Annual report on the Civil Veterinary Department, Burma (including the Insein Veterinary School) - 1910-1922
Year: 1910
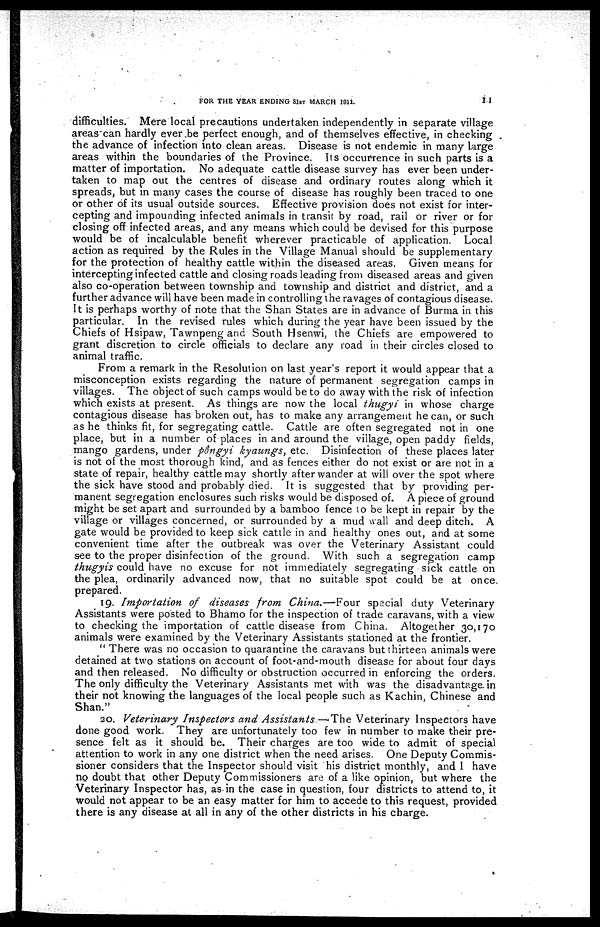
FOR THE YEAR ENDING 31ST MARCH 1911.
11
difficulties. Mere local precautions undertaken independently in separate village
areascan hardly ever.be perfect enough, and of themselves effective, in checking
the advance of infection into clean areas. Disease is not endemic in many large
areas within the boundaries of the Province. Its occurrence in such parts is a
matter of importation. No adequate cattle disease survey has ever been under-
taken to map out the centres of disease and ordinary routes along which it
spreads, but in many cases the course of disease has roughly been traced to one
or other of its usual outside sources. Effective provision does not exist for inter-
cepting and impounding infected animals in transit by road, rail or river or for
closing off infected areas, and any means which could be devised for this purpose
would be of incalculable benefit wherever practicable of application. Local
action as required by the Rules in the Village Manual should be supplementary
for the protection of healthy cattle within the diseased areas. Given means for
intercepting infected cattle and closing roads leading from diseased areas and given
also co-operation between township and township and district and district, and a
further advance will have been made in controlling the ravages of contagious disease.
It is perhaps worthy of note that the Shan States are in advance of Burma in this
particular. In the revised rules which during the year have been issued by the
Chiefs of Hsipaw, Tawnpeng and South Hsenwi, the Chiefs are empowered to
grant discretion to circle officials to declare any road in their circles closed to
animal traffic.
From a remark in the Resolution on last year's report it would appear that a
misconception exists regarding the nature of permanent segregation camps in
villages. The object of such camps would be to do away with the risk of infection
which exists at present. As things are now the local thugyi in whose charge
contagious disease has broken out, has to make any arrangement he can, or such
as he thinks fit, for segregating cattle. Cattle are often segregated not in one
place, but in a number of places in and around the village, open paddy fields,
mango gardens, under pôngyi kyaungs, etc. Disinfection of these places later
is not of the most thorough kind, and as fences either do not exist or are not in a
state of repair, healthy cattle may shortly after wander at will over the spot where
the sick have stood and probably died. It is suggested that by providing per-
manent segregation enclosures such risks would be disposed of. A piece of ground
might be set apart and surrounded by a bamboo fence to be kept in repair by the
village or villages concerned, or surrounded by a mud wall and deep ditch. A
gate would be provided to keep sick cattle in and healthy ones out, and at some
convenient time after the outbreak was over the Veterinary Assistant could
see to the proper disinfection of the ground. With such a segregation camp
thugyis could have no excuse for not immediately segregating sick cattle on
the plea, ordinarily advanced now, that no suitable spot could be at once,
prepared.
19. Importation of diseases from China.—Four
special duty Veterinary
Assistants were posted to Bhamo for the inspection of trade caravans, with a view
to checking the importation of cattle disease from China. Altogether 30,170
animals were examined by the Veterinary Assistants stationed at the frontier.
" There was no occasion to quarantine the caravans but thirteen animals were
detained at two stations on account of foot-and-mouth disease for about four days
and then released. No difficulty or obstruction occurred in enforcing the orders.
The only difficulty the Veterinary Assistants met with was the disadvantage, in
their not knowing the languages of the local people such as Kachin, Chinese and
Shan."
20. Veterinary Inspectors and Assistants—'The
Veterinary Inspectors have
done good work. They are unfortunately too few in number to make their pre-
sence felt as it should be. Their charges are too wide to admit of special
attention to work in any one district when the need arises. One Deputy Commis-
sioner considers that the Inspector should visit his district monthly, and I have
no doubt that other Deputy Commissioners are of a like opinion, but where the
Veterinary Inspector has, as in the case in question, four districts to attend to, it
would not appear to be an easy matter for him to accede to this request, provided
there is any disease at all in any of the other districts in his charge.